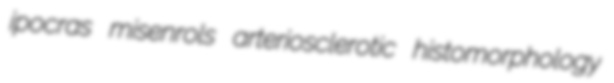
ipocras misenrols arteriosclerotic histomorphology